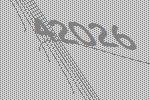
42026